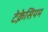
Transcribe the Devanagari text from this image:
टेक्नेसियम